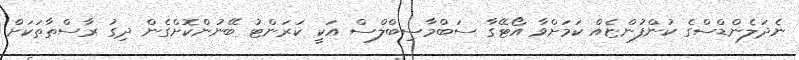
ނެދަލެންޑްސްގެ ކުންފުންޏެއް ކަމަށްވާ އޯޓޭގާ ސަބްމާސިބްލްސް އަކީ ކަރަންޓު ބޭނުންކޮށްގެން ދިގު ރާސްތާތަކަށް